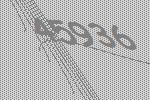
45936